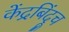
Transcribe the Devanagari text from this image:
केंद्रबिंदूच